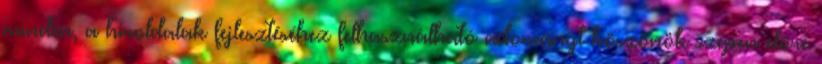
minden, a híroldalak fejlesztéséhez felhasználható adományt köszönök szépen előre